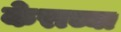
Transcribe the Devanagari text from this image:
केराच्या